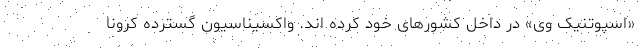
«اسپوتنیک وی» در داخل کشورهای خود کرده اند. واکسیناسیون گسترده کرونا